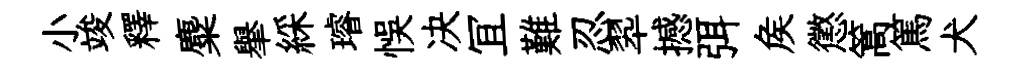
小竣釋麋𦦙綵璿悞决冝難忍翆撼弭矦懲篙篤犬